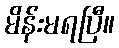
မိန်းမရပြီ။